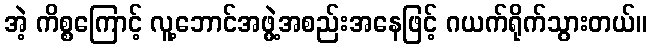
အဲ့ ကိစ္စကြောင့် လူ့ဘောင်အဖွဲ့အစည်းအနေဖြင့် ဂယက်ရိုက်သွားတယ်။